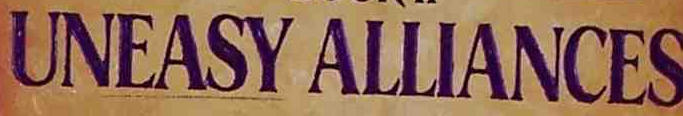
UNEASY ALLIANCES